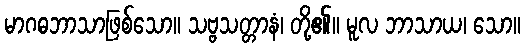
မာဂဓဘာသာဖြစ်သော။ သဗ္ဗသတ္တာနံ၊ တို့၏။ မူလ ဘာသာယ၊ သော။